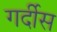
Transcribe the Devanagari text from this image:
गर्दीस